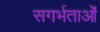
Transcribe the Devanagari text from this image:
सगर्भताओं